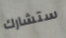
ستشارك